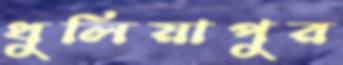
ধুলিয়াপুর